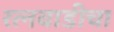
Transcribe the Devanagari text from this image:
रत्नवाडीचा